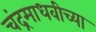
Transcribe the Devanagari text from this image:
चंद्रमाधवीच्या